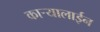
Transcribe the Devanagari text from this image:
कार्‍यालाईन